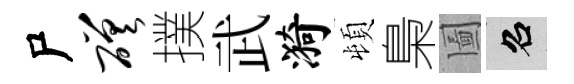
尸磋撲武漪頓梟圗召